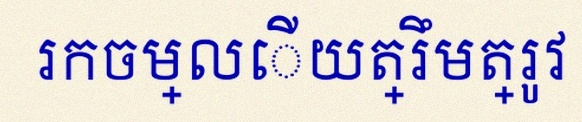
រកចម្លើយត្រឹមត្រូវ